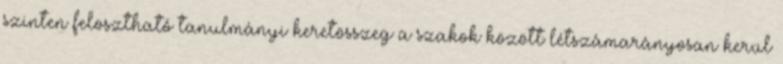
szinten felosztható tanulmányi keretösszeg a szakok között létszámarányosan kerül